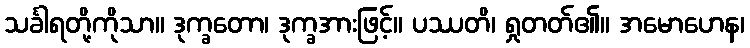
သင်္ခါရတို့ကိုသာ။ ဒုက္ခတော၊ ဒုက္ခအားဖြင့်။ ပဿတိ၊ ရှုတတ်၏။ အမောဟေန၊